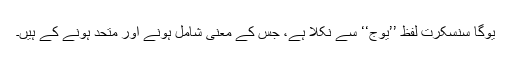
یوگا سنسکرت لفظ ’’یوج‘‘ سے نکلا ہے، جس کے معنی شامل ہونے اور متحد ہونے کے ہیں۔